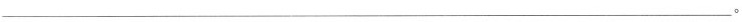
___。